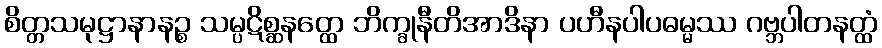
စိတ္တသမုဋ္ဌာနာနဉ္စ သမ္ပဋိစ္ဆနတ္ထေ ဘိက္ခုနီတိအာဒိနာ ပဟီနပါပဓမ္မဿ ဂဗ္ဘပါတနတ္ထံ